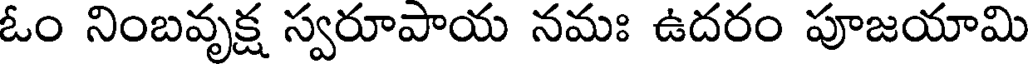
ఓం నింబవృక్ష స్వరూపాయ నమః ఉదరం పూజయామి